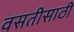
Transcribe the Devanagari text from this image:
वसतीसाठी